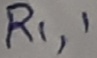
Text: R1,1